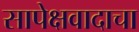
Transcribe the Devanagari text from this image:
सापेक्षवादाचा